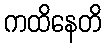
ကထိနေတိ